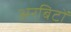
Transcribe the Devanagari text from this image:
अरबिटों